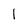
Character: l